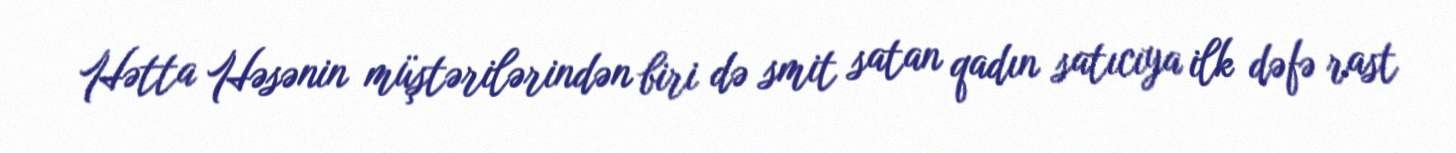
Hətta Həsənin müştərilərindən biri də smit satan qadın satıcıya ilk dəfə rast